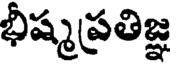
భీష్మప్రతిజ్ఞ